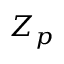
Z _ { p }